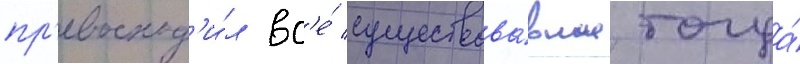
пр'евосход'и́л вс'е́ существова́вшие тогда́